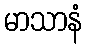
မာသာနံ